Vaccination in Bombay 1869-1873 - 1869-1873
Year: 1869
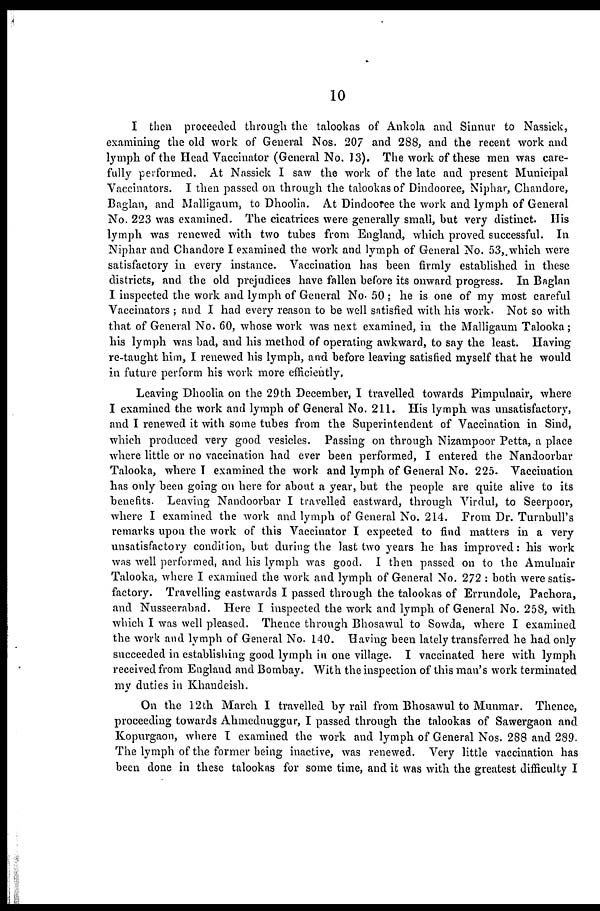
10
I then proceeded through the talookas of Ankola and Sinnur to Nassick,
examining the old work of General Nos. 207 and 288, and the recent work and
lymph of the Head Vaccinator (General No. 13). The work of these men was care-
fully performed. At Nassick I saw the work of the late and present Municipal
Vaccinators. I then passed on through the talookas of Dindooree, Niphar, Chandore,
Baglan, and Malligaum, to Dhoolia. At Dindooree the work and lymph of General
No. 223 was examined. The cicatrices were generally small, but very distinct. His
lymph was renewed with two tubes from England, which proved successful. In
Niphar and Chandore I examined the work and lymph of General No. 53,which were
satisfactory in every instance. Vaccination has been firmly established in these
districts, and the old prejudices have fallen before its onward progress. In Baglan
I inspected the work and lymph of General No. 50 ; he is one of my most careful
Vaccinators ; and I had every reason to be well satisfied with his work. Not so with
that of General No. 60, whose work was next examined, in the Malligaum Talooka;
his lymph was bad, and his method of operating awkward, to say the least. Having
re-taught him, I renewed his lymph, and before leaving satisfied myself that he would
in future perform his work more efficiently.
Leaving Dhoolia on the 29 th December, I travelled towards Pimpulnair, where
I examined the work and lymph of General No. 211. His lymph was unsatisfactory,
and I renewed it with some tubes from the Superintendent of Vaccination in Sind,
which produced very good vesicles. Passing on through Nizampoor Petta, a place
where little or no vaccination had ever been performed, I entered the Nandoorbar
Talooka, where I examined the work and lymph of General No. 225. Vaccination
has only been going on here for about a year, but the people are quite alive to its
benefits. Leaving Nandoorbar I travelled eastward, through Virdul, to Seerpoor,
where I examined the work and lymph of General No. 214. From Dr. Turnbull's
remarks upon the work of this Vaccinator I expected to find matters in a very
unsatisfactory condition, but during the last two years he has improved: his work
was well performed, and his lymph was good. I then passed on to the Amulnair
Talooka, where I examined the work and lymph of General No. 272 : both were satis-
factory. Travelling eastwards I passed through the talookas of Errundole, Pachora,
and Nusseerabad. Here I inspected the work and lymph of General No. 258, with
which I was well pleased. Thence through Bhosawul to Sowda, where I examined
the work and lymph of General No. 140. Having been lately transferred he had only
succeeded in establishing good lymph in one village. I vaccinated here with lymph
received from England and Bombay. With the inspection of this man's work terminated
my duties in Khandeish.
On the 12th March I travelled by rail from Bhosawul to Munmar. Thence,
proceeding towards Ahmednuggur, I passed through the talookas of Sawergaon and
Kopurgaon, where I examined the work and lymph of General Nos. 288 and 289.
The lymph of the former being inactive, was renewed. Very little vaccination has
been done in these talookas for some time, and it was with the greatest difficulty I